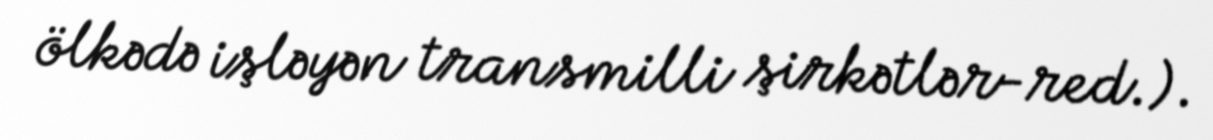
ölkədə işləyən transmilli şirkətlər-red.).